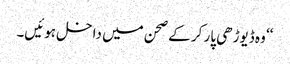
‘‘ وہ ڈیوڑھی پار کر کے صحن میں داخل ہوئیں۔